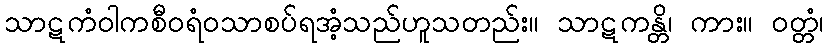
သာဋကံဝါကစီဝရံဝသာစပ်ရအံ့သည်ဟူသတည်း။ သာဋကန္တိ၊ ကား။ ဝတ္တံ၊